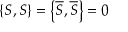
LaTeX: \left\{ S , S \right\} = \left\{ { \overline { { S } } } , { \overline { { S } } } \right\} = 0